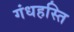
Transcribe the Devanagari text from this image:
गंधहस्ति